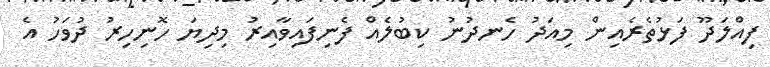
ފިއްލަދޫ ފަޅުތެރެއިން މިއަދު ހެނދުނު ކިބުލެއް ފެނިފައިވާއިރު މިދިޔަ ހޮނިހިރު ދުވަހު އެ